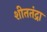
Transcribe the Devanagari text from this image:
शीततंद्रा